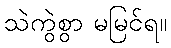
သဲကွဲစွာ မမြင်ရ။